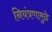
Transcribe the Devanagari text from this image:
नियंत्रणामुळे